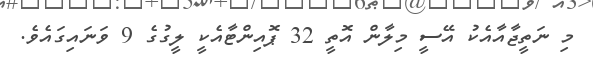
މި ނަތީޖާއާއެކު އޭސީ މިލާން އޮތީ 32 ޕޮއިންޓާއެކީ ލީގުގެ 9 ވަނައިގައެވެ.